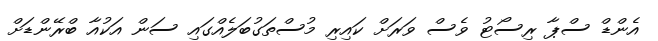
އެންޑް ސްޕާ ރިސޯޓު ވެސް ވަރަށް ކަައިރި މުސްތަގުބަލެއްގައި ސަން އަކުއާ ބްރޭންޑަށް